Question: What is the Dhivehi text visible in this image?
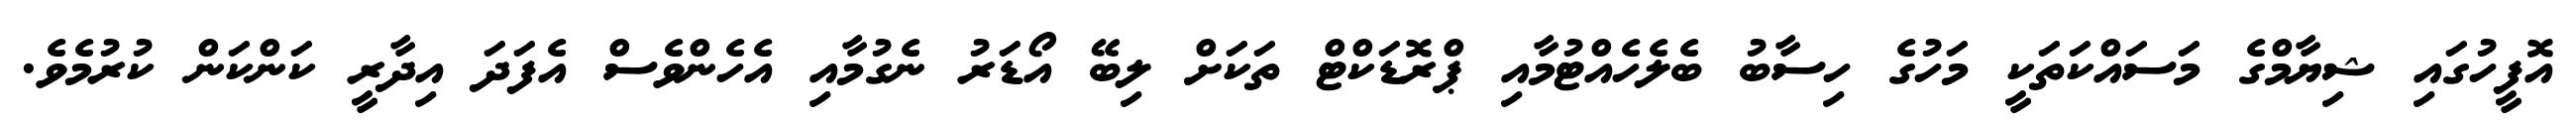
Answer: އޮފީހުގައި ޝިޔާމްގެ މަސައްކަތަކީ މަހުގެ ހިސާބު ބެލެހެއްޓުމާއި ޕްރޮޑަކްޓް ތަކަށް ލިބޭ އޯޑަރު ނެގުމާއި އެހެންވެސް އެފަދަ އިދާރީ ކަންކަން ކުރުމެވެ.